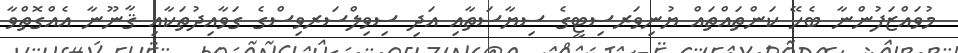
މުވައްޒަފުންނާ ބެހޭ ކަންތައްތައް ޔުނިވަރސިޓީގެ ސިޔާސަތާއި އަދި ސިވިލްސަރވިސްގެ ގަވާއިދުތަކާއި ޤާނޫނާ އެއްގޮތްވާ